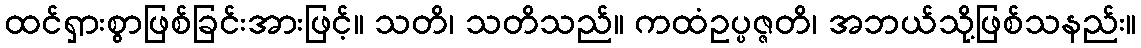
ထင်ရှားစွာဖြစ်ခြင်းအားဖြင့်။ သတိ၊ သတိသည်။ ကထံဥပ္ပဇ္ဇတိ၊ အဘယ်သို့ဖြစ်သနည်း။